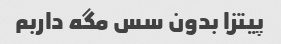
پیتزا بدون سس مگه داربم